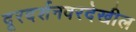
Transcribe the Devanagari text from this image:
दूरदर्शनवरदेखील